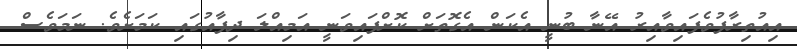
އިއުތިރާފުވެފައިވާއިރު އޭނާ ބުނީ އެކަން އެގޮތަށް ކޮށްފައިވަނީ އަމިއްލަ ދިފާއުގައި ކަމަށެވެ. ނަމަވެސް